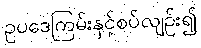
ဥပဒေကြမ်းနှင့်စပ်လျဉ်း၍